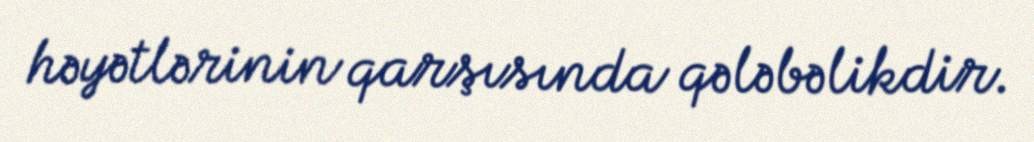
həyətlərinin qarşısında qələbəlikdir.